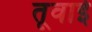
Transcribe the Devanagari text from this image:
तूवाई